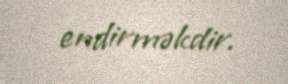
endirməkdir.